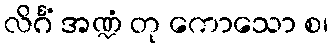
လိင်္ဂံ အဏ္ဍံ တု ကောသော စ၊